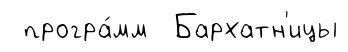
програ́мм Бархатн'ицы